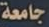
جامعة